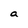
Character: a